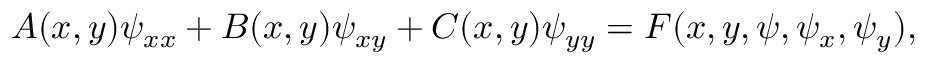
A ( x , y ) \psi _ { x x } + B ( x , y ) \psi _ { x y } + C ( x , y ) \psi _ { y y } = F ( x , y , \psi , \psi _ { x } , \psi _ { y } ) ,